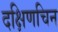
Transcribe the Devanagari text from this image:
दक्षिणचिन